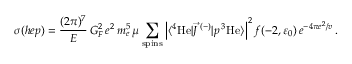
\sigma ( h e p ) = \frac { ( 2 \pi ) ^ { 7 } } { E } \, G _ { F } ^ { 2 } \, e ^ { 2 } \, m _ { e } ^ { 5 } \, \mu \sum _ { \mathrm { s p i n s } } \left| \langle { ^ 4 { \mathrm { H e } } } | \vec { J } \, ^ { ( - ) } | p \, { ^ 3 { \mathrm { H e } } } \rangle \right| ^ { 2 } f ( - 2 , \varepsilon _ { 0 } ) \, e ^ { { - 4 \pi e ^ { 2 } } / { v } } \, .